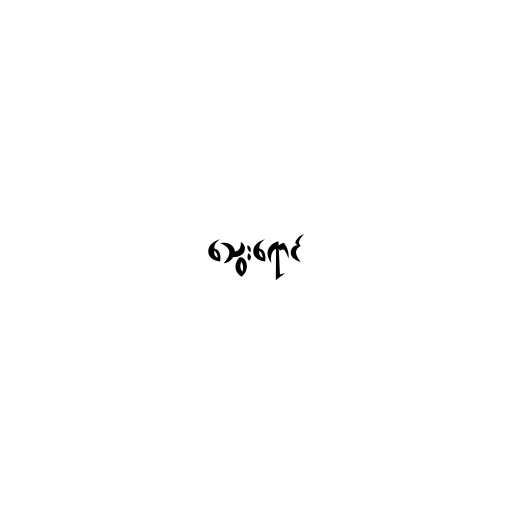
သွေးရောင်